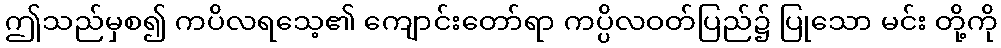
ဤသည်မှစ၍ ကပိလရသေ့၏ ကျောင်းတော်ရာ ကပ္ပိလဝတ်ပြည်၌ ပြုသော မင်း တို့ကို